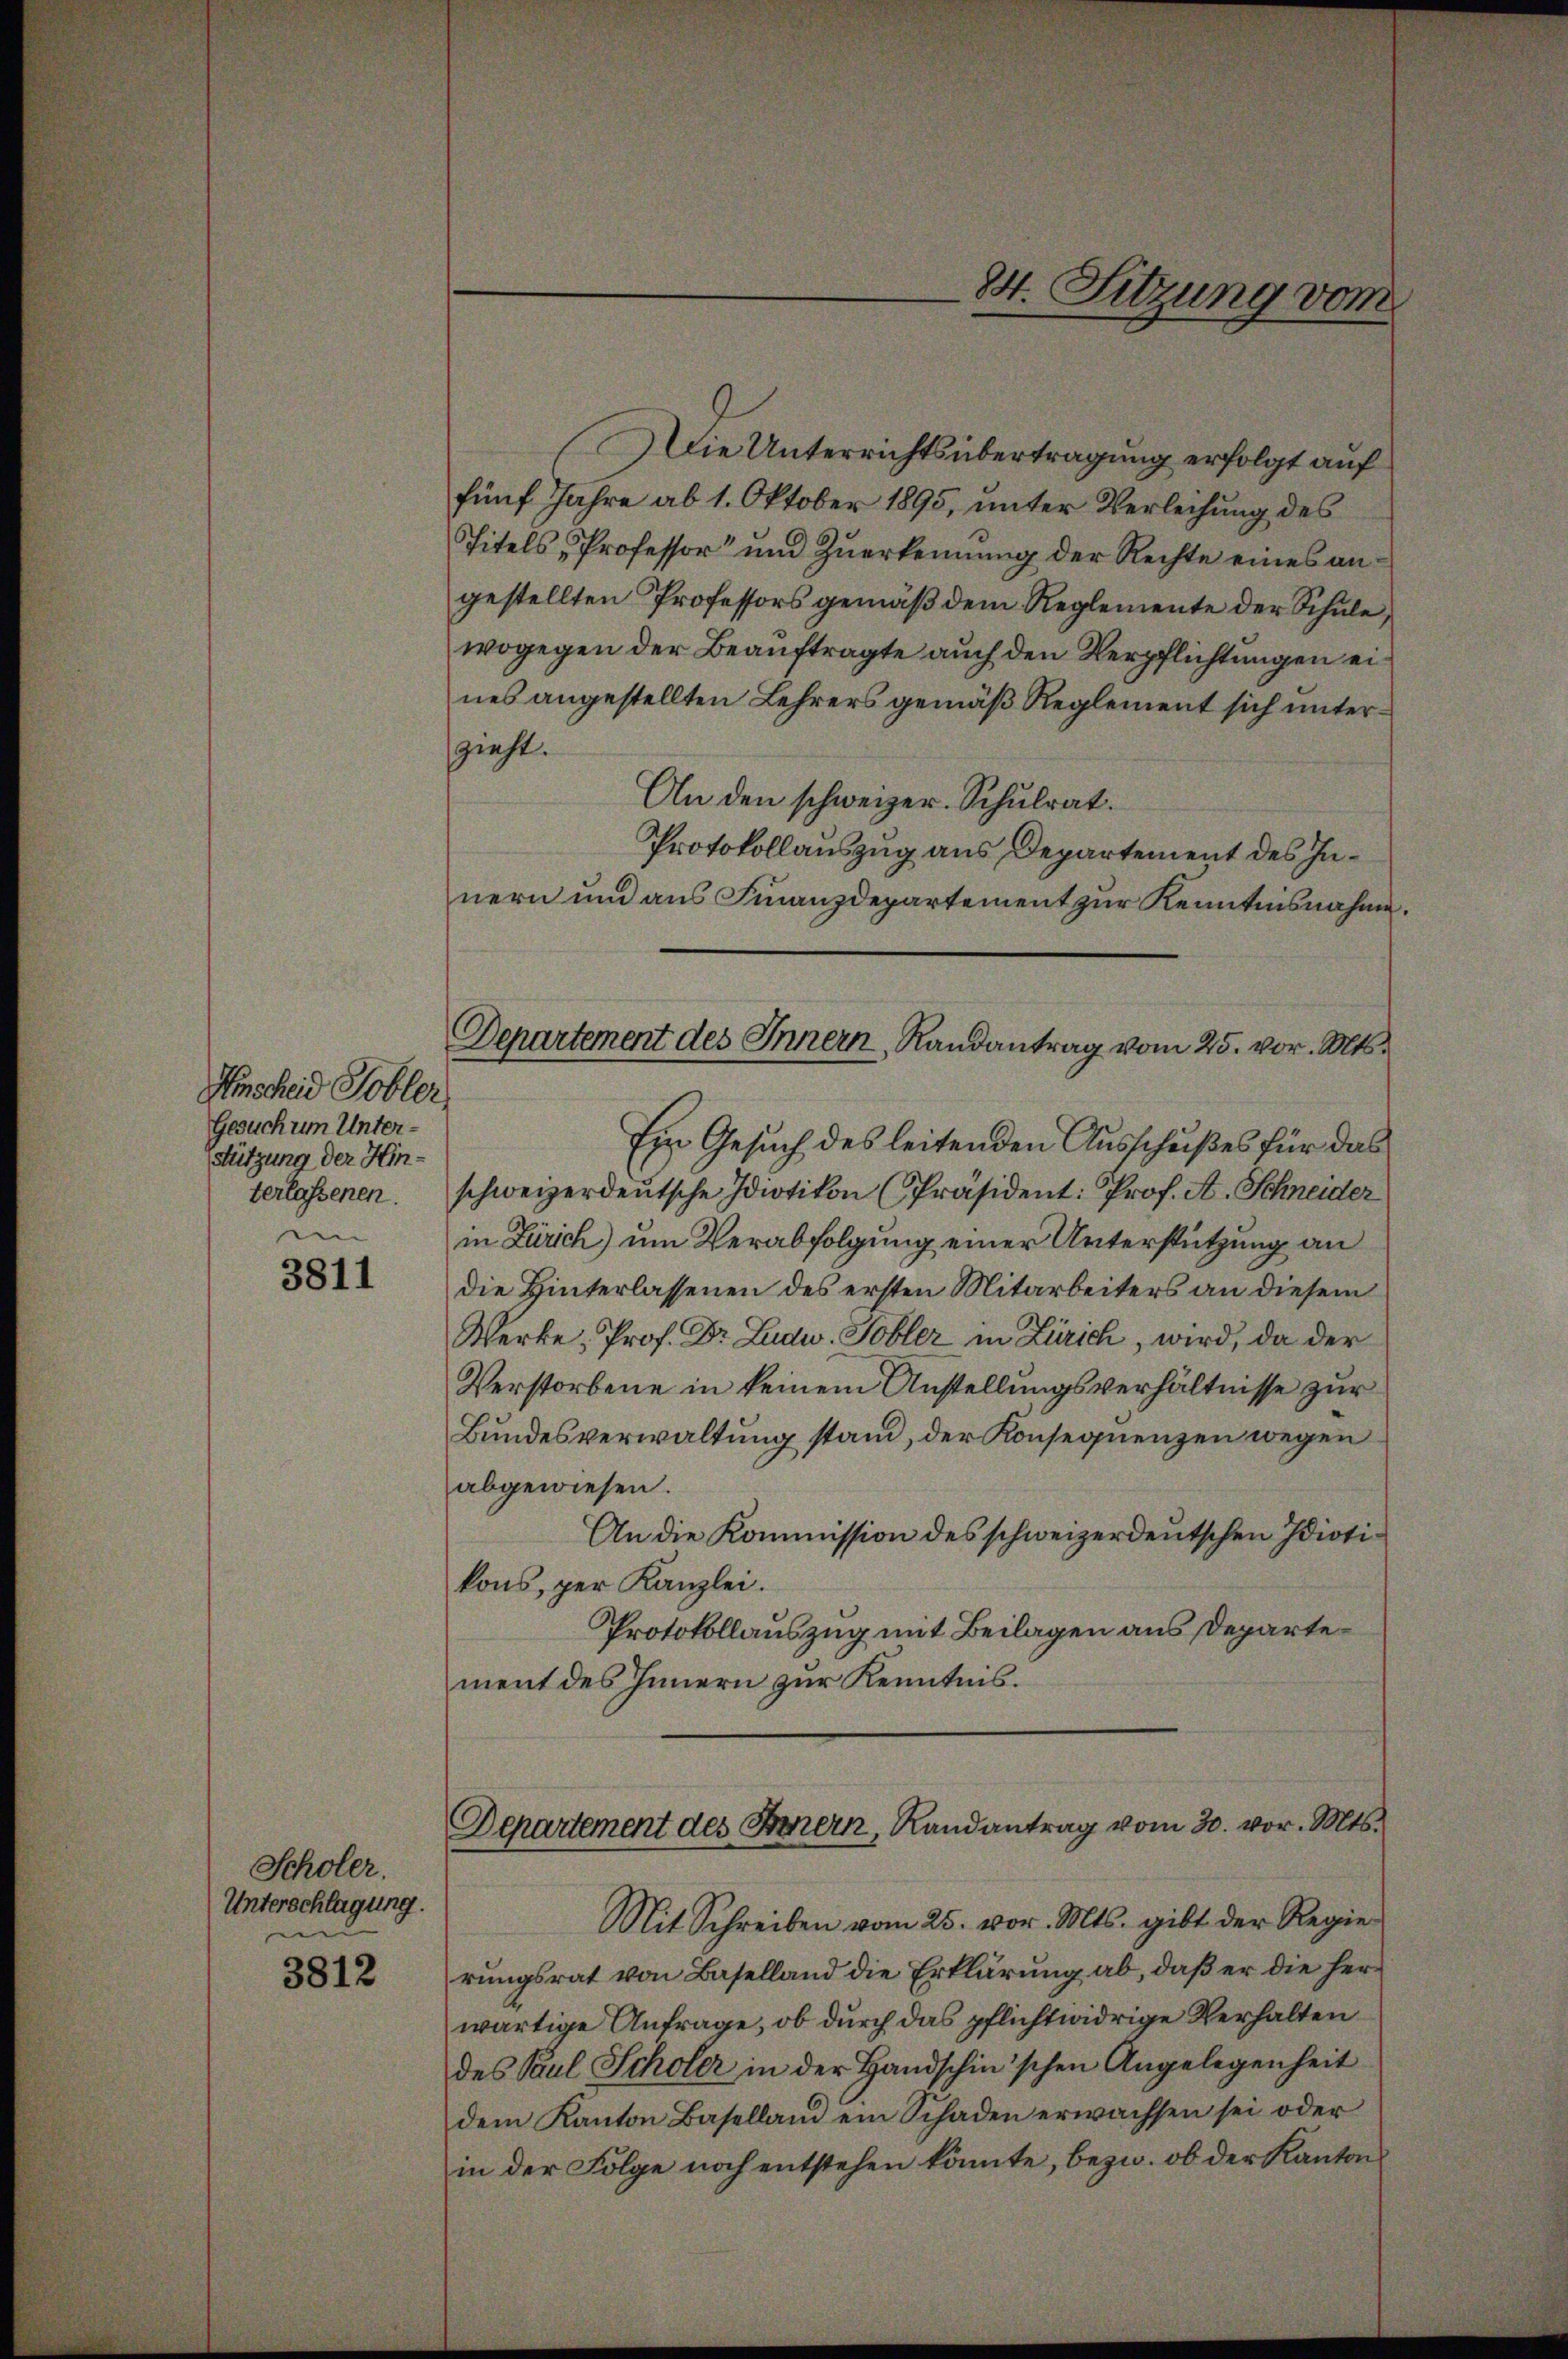
Anscheid Tobler.
Gesuchum Unterstützung der Hinterlassenen.
i

3811

Scholer.
Unterschlagung.
e

3812

Departement des Innern, Randantrag vom 25. vor. Mts.

Die Unterrichtsübertragung erfolgt auf
fünf Jahre ab 1. Oktober 1895, unter Verleihung des
Titels Professor und Zuerkennung der Rechte eines angestellten Professors gemäß dem Reglemente der Schule,
wogegen der Beauftragte auch den Verpflichtungen eines angestellten Lehrers gemäß Reglement sich unterzieht.
An den schweizer. Schulrat.
Protokollauszug aus Departement des Innern und aus Finanzdepartement zur Kenntnisnahme.
Ein Gesuch des leitenden Ausschußes für das
schweizerdeŭtsche Idiotikon (Präsident: Prof. A. Schneider
in Zürich) um Verabfolgung einer Unterstützung an
die Hinterlassenen des ersten Mitarbeiters an diesem
Werke, Prof. Dr. Ludw. Tobler in Zürich, wird, da der
Verstorbene in keinem Anstellungsverhältnisse zur
Bundesverwaltung stand, der Konsequenzen wegen
abgewiesen.
An die Kommission des schweizerdeutschen Idiotikons, per Kanzlei.
Protokollauszug mit Beilagen aus Departement des Innern zur Kenntnis.

84. Sitzung vom

Departement des Innern, Randantrag vom 30. vor. Mts.

Mit Schreiben vom 25. vor. Mts. gibt der Regierungsrat von Baselland die Erklärung ab, daß er die herwärtige Anfrage, ob durch das pflichtwidrige Verhalten
des Paul Scholer in der Handschinischen Angelegenheit
dem Kanton Baselland ein Schaden erwachsen sei oder
in der Folge noch entstehen könnte, bezw. ob der Kantons